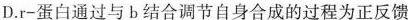
D.r-蛋白通过与b结合调节自身合成的过程为正反馈